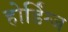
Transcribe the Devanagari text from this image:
होर्डिंग्ज